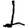
Digit: 1